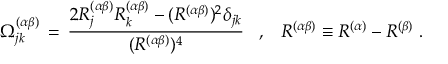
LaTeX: \Omega _ { j k } ^ { ( \alpha \beta ) } \, = \, \frac { 2 R _ { j } ^ { ( \alpha \beta ) } R _ { k } ^ { ( \alpha \beta ) } - ( R ^ { ( \alpha \beta ) } ) ^ { 2 } \delta _ { j k } } { ( R ^ { ( \alpha \beta ) } ) ^ { 4 } } \; \; \; , \; \; \; R ^ { ( \alpha \beta ) } \equiv R ^ { ( \alpha ) } - R ^ { ( \beta ) } \; .